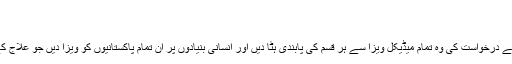
‘‘
روحان کے دل میں سوراخ تھا
کمال صدیقی نے بھارتی حکومت سے درخواست کی وہ تمام میڈیکل ویزا سے ہر قسم کی پابندی ہٹا دیں اور انسانی بنیادوں پر ان تمام پاکستانیوں کو ویزا دیں جو علاج کے مقصد سے بھارت آنا چاہتے ہیں۔